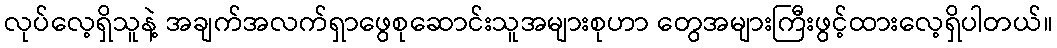
လုပ်လေ့ရှိသူနဲ့ အချက်အလက်ရှာဖွေစုဆောင်းသူအများစုဟာ တွေအများကြီးဖွင့်ထားလေ့ရှိပါတယ်။